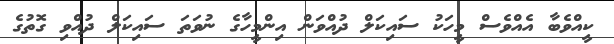
ކީއްވެބާ އެއްވެސް މީހަކު ސައިކަލް ދުއްވަން އިންމީހާގެ ނުވަތަ ސައިކަލް ދުއްވި ގޮތުގެ